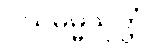
ဝယဓမ္မသုတ္တံ